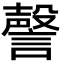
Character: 謦